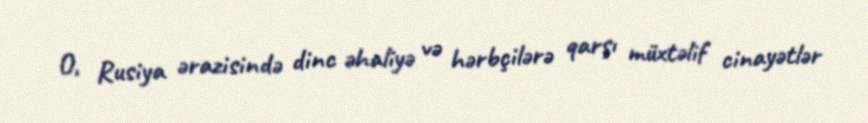
O, Rusiya ərazisində dinc əhaliyə və hərbçilərə qarşı müxtəlif cinayətlər